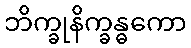
ဘိက္ခုနိက္ခန္ဓကော